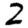
Digit: 2